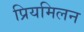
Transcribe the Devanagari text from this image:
प्रियमिलन